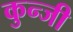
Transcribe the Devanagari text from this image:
कुन्जी